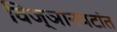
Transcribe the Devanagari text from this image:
विज्ञानपटांत